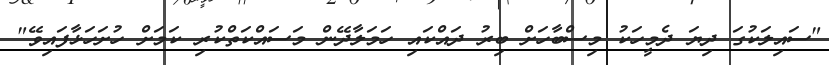
"ސައިލަކުގަ ދިޔަ ދެމީހަކު މިސްބާހަށް ބިރު ދައްކައި ހަމަލާދޭން މަސައްކަތްކުރި ކަމަށް ހުށަހަޅާފައިވޭ"